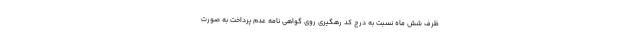
ظرف شش ماه نسبت به درج کد رهگیری روی گواهی نامه عدم پرداخت به صورت